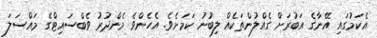
އެކަމުގައި އޭނާގެ އަބުރަށް ގެއްލުންތަކެއް ލިބުނު ކަމަށެވެ. އެހެންވެ މެންދުރު ވެބްސައިޓްގެ މައްސަލަ